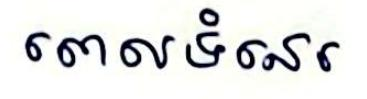
ពេលទំនេរ